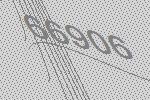
66906